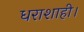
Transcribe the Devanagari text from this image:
धराशाही।